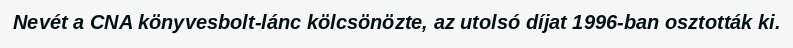
Nevét a CNA könyvesbolt-lánc kölcsönözte, az utolsó díjat 1996-ban osztották ki.